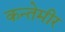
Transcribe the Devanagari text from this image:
कन्तेमीर